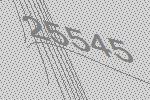
25545